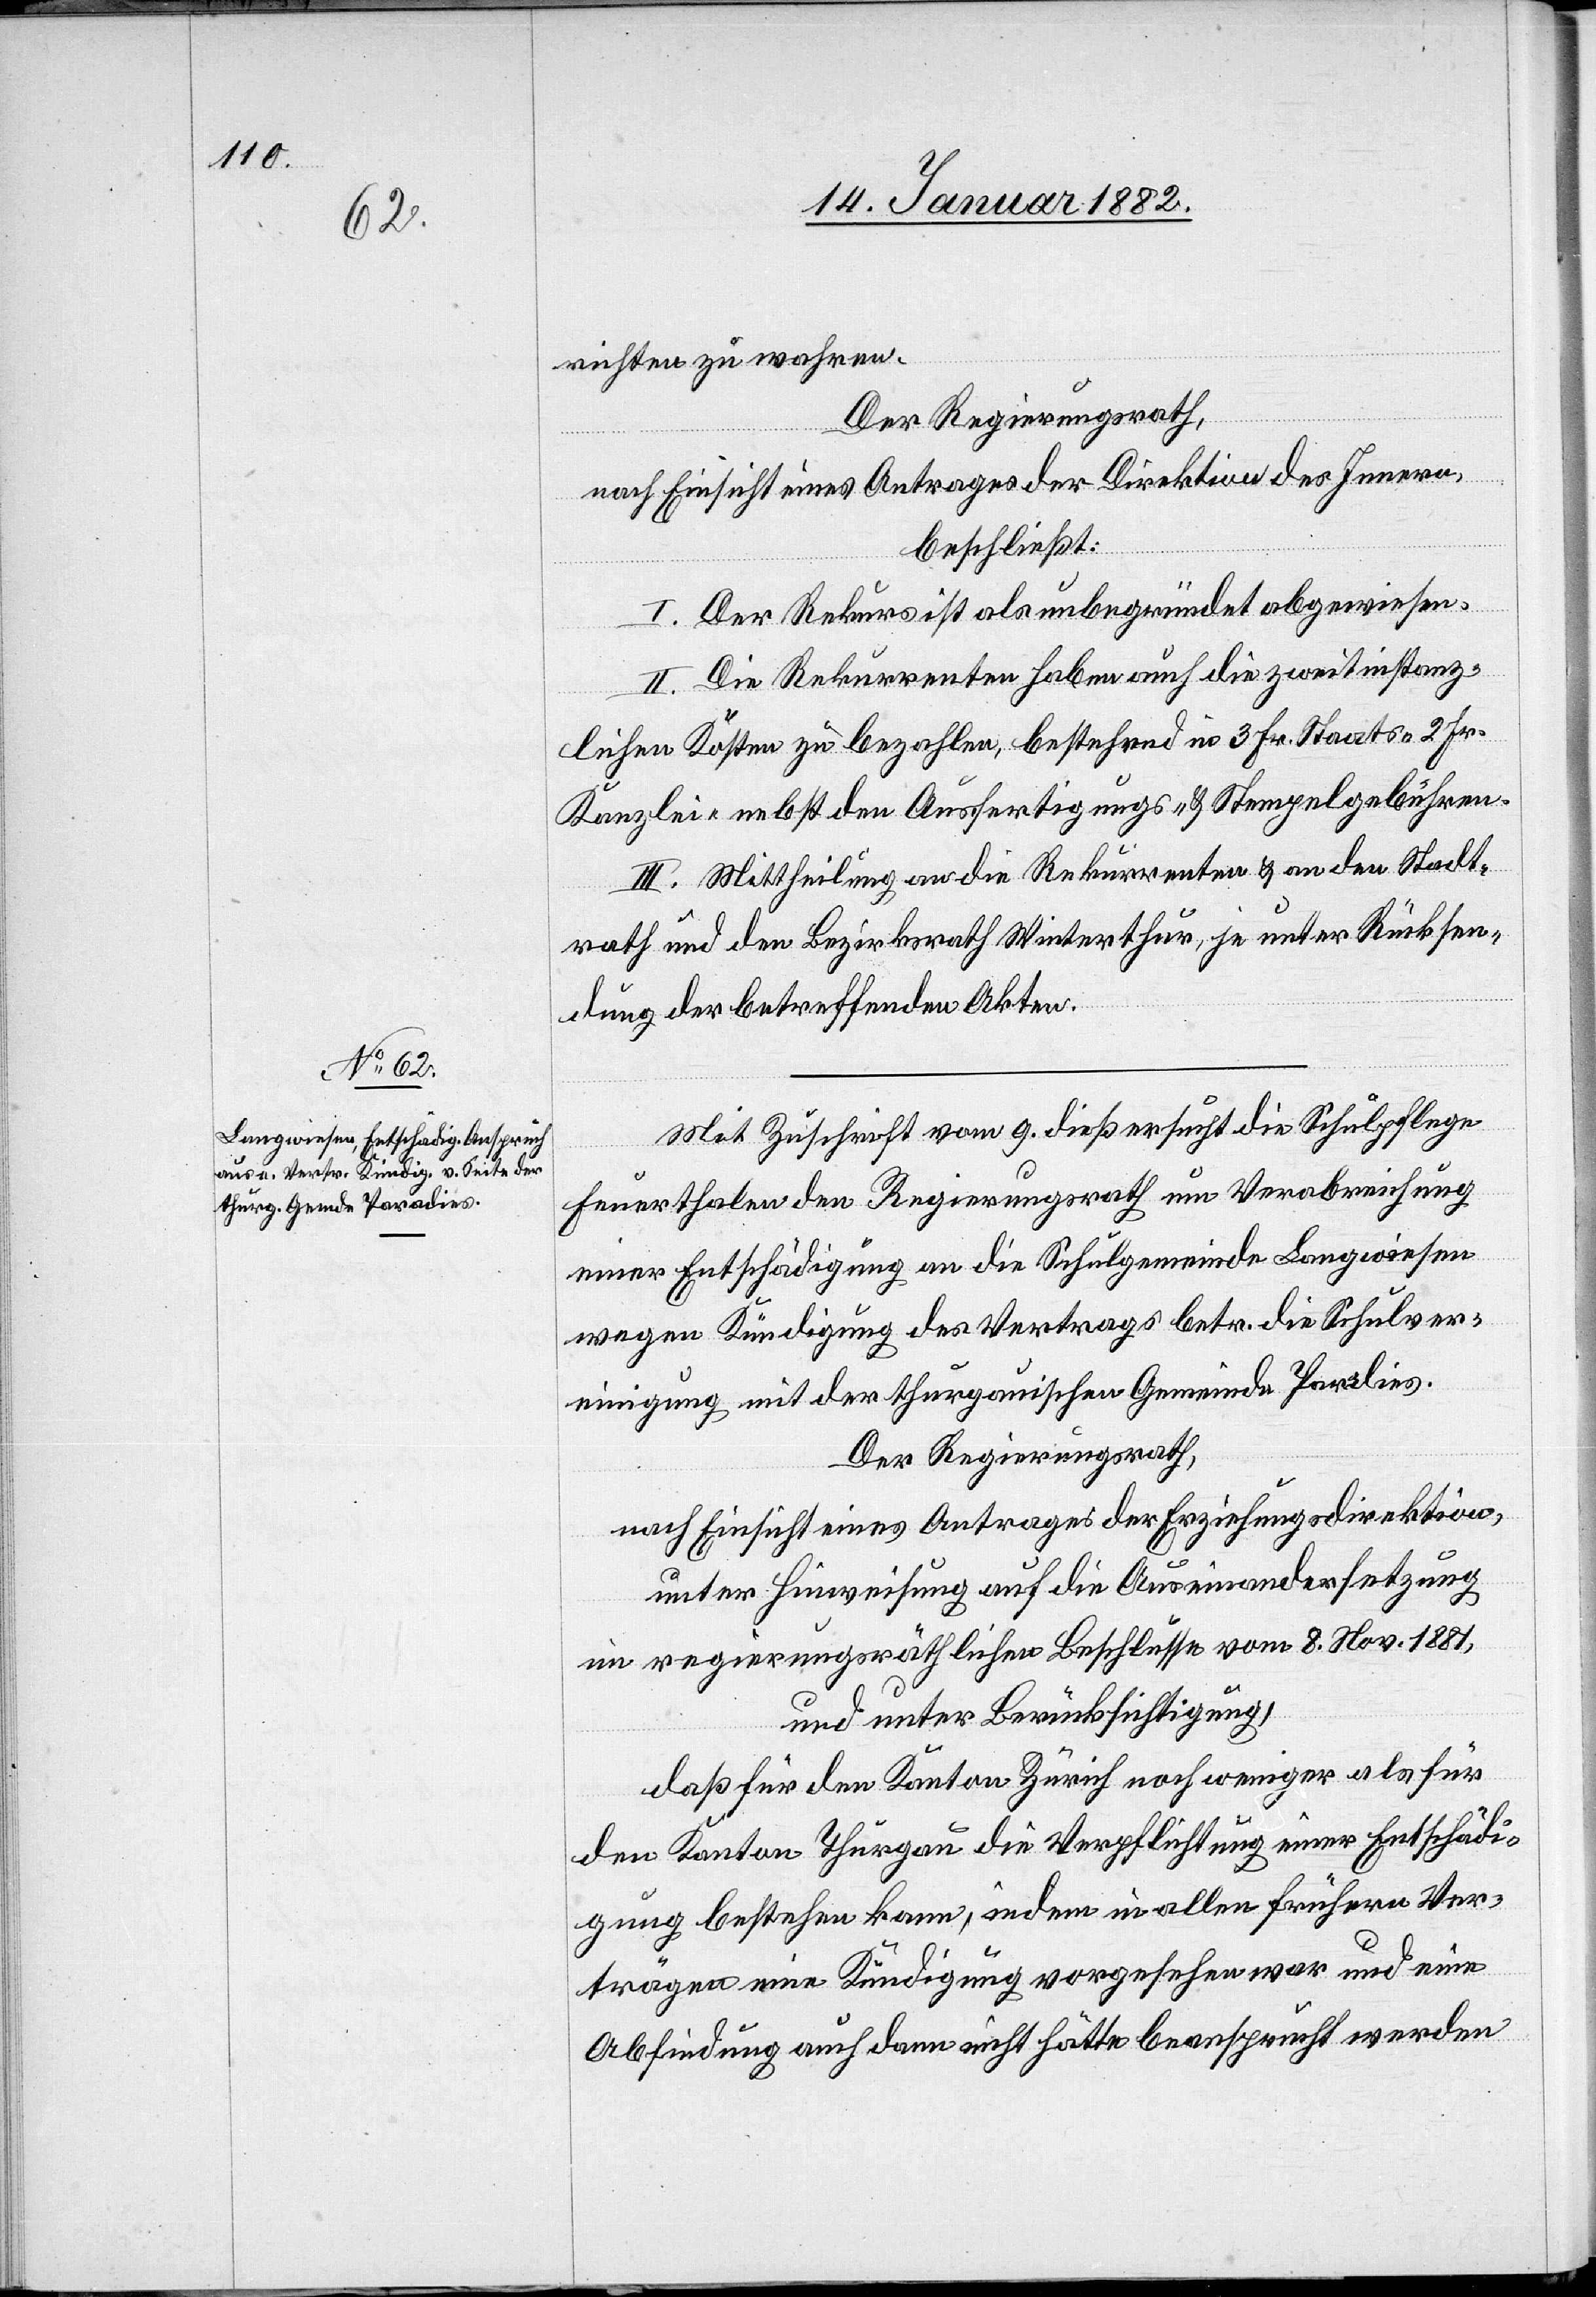
richten zu machen.
Der Regierungsrath,
nach Einsicht eines Antrages der Direktion des Innern,
beschließt:
I. Der Rekurs ist als unbegründet abzuweisen.
II. Die Rekurrenten haben auch die zweitinstanz¬
lichen Kosten zu bezahlen, bestehend in 3 Fr. Staats-[,] 2 Fr.
Kanzlei- nebst den Ausfertigungs- & Stempelgebühren.
III. Mittheilung an die Rekurrenten & an den Stadt¬
rath und den Bezirksrath Winterthur, je unter Rücksen¬
dung der betreffenden Akten.
Mit Zuschrift vom 9. dieß ersucht die Schulpflege
Feuerthalen den Regierungsrath um Verabreichung
einer Entschädigung an die Schulgemeinde Langwiesen
wegen Kündigung des Vertrages betr. die Schulver¬
einigung mit der thurgauischen Gemeinde Paradies.
Der Regierungsrath,
nach Einsicht eines Antrages der Erziehungsdirektion,
unter Hinweisung auf die Auseinandersetzung
in regierungsräthlichen Beschlusse vom 8. Nov. 1881,
unter Berücksichtigung,
daß für den Kanton Zürich noch weniger als für
den Kanton Thurgau die Verpflichtung einer Entschädi¬
gung bestehen kann, indem in allen frühern Ver¬
trägen eine Kündigung vorgesehen war und eine
Abfindung auch dann nicht hätte beansprucht werden